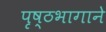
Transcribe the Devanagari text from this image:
पृष्ठभागाने